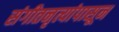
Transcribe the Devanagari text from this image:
संगीतनृत्यांपासून